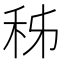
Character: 秭